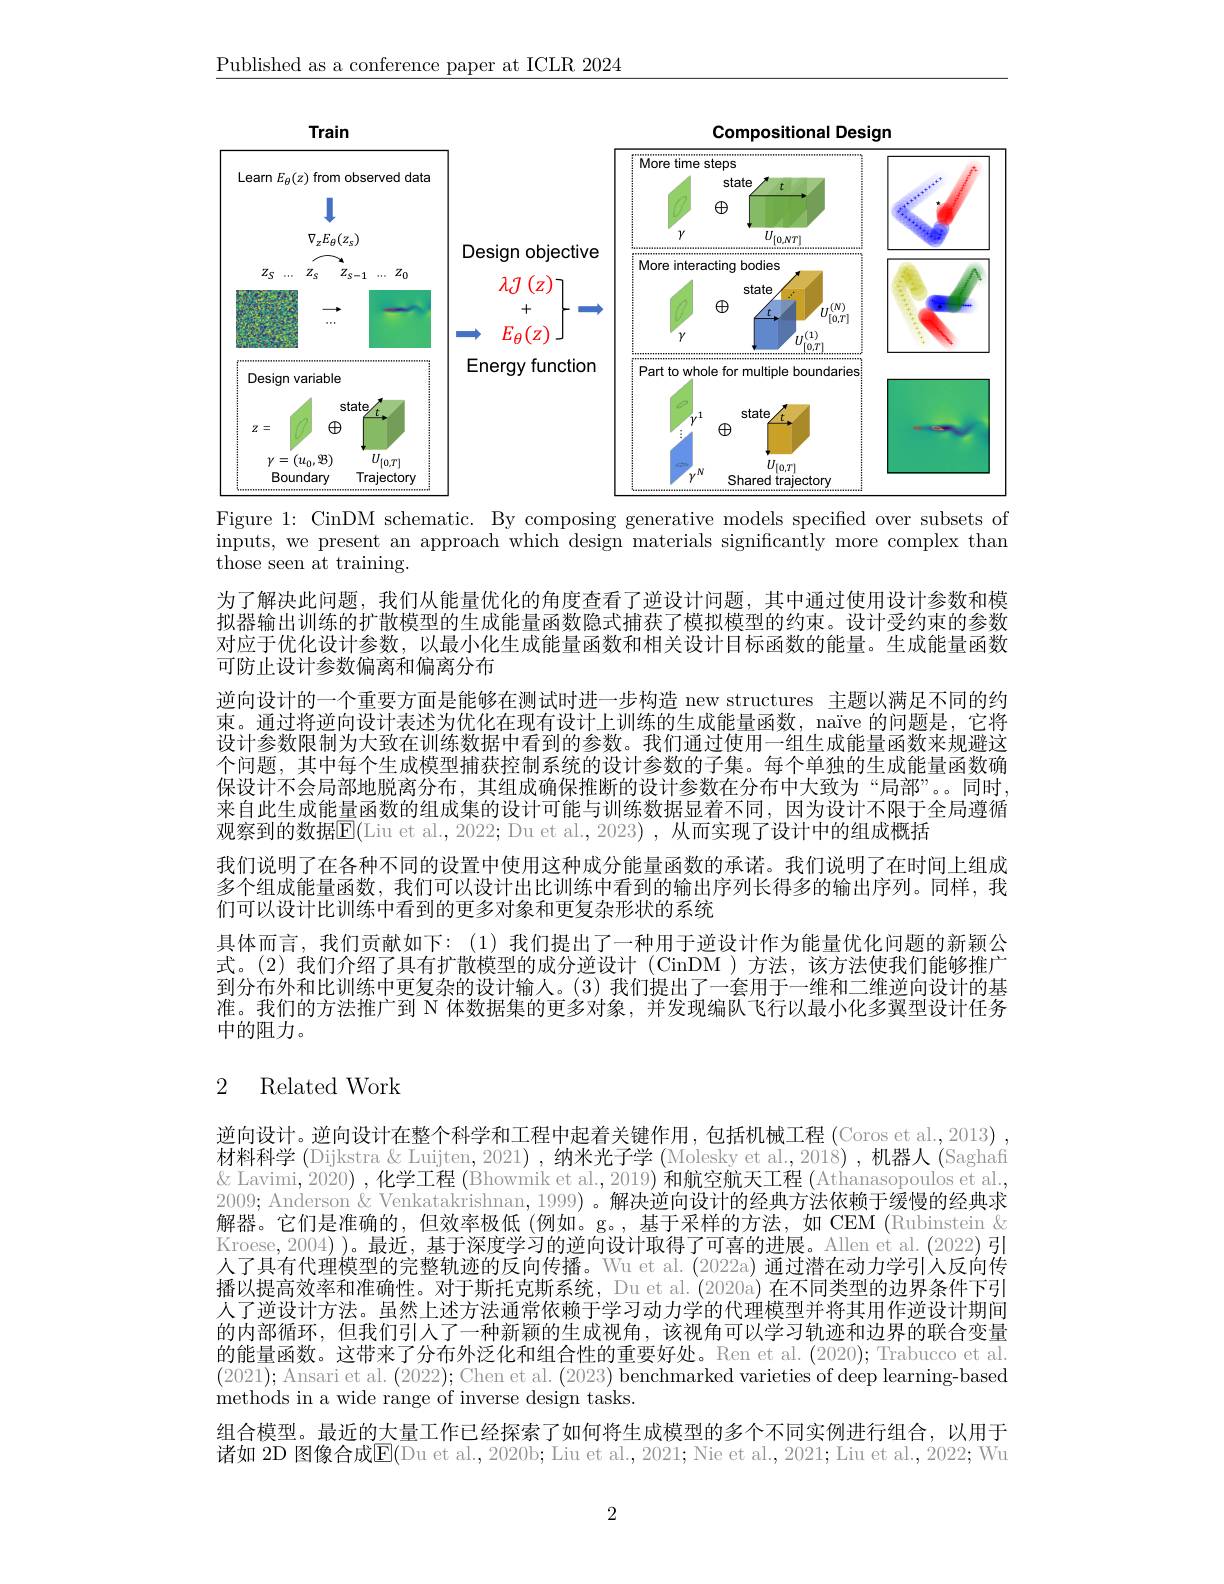
$\underline{\text{Published as a conference paper at ICLR 2024}}$

<FigureHere>

Figure 1: CinDM schematic. By composing generative models specified over subsets of

inputs, we present an approach which design materials significantly more complex than
${\overset{\text{those seen at training}}}.$

为了解决此问题，我们从能量优化的角度查看了逆设计问题，其中通过使用设计参数和模拟器输出训练的扩散模型的生成能量函数隐式捕获了模拟模型的约束。设计受约束的参数对应于优化设计参数，以最小化生成能量函数和相关设计目标函数的能量。生成能量函数可防止设计参数偏离和偏离分布
逆向设计的一个重要方面是能够在测试时进一步构造 new structures 主题以满足不同的约束。通过将逆向设计表述为优化在现有设计上训练的生成能量函数，naïve 的问题是，它将设计参数限制为大致在训练数据中看到的参数。我们通过使用一组生成能量函数来规避这个问题，其中每个生成模型捕获控制系统的设计参数的子集。每个单独的生成能量函数确保设计不会局部地脱离分布，其组成确保推断的设计参数在分布中大致为“局部”。。同时， 来自此生成能量函数的组成集的设计可能与训练数据显着不同，因为设计不限于全局遵循观察到的数据$\boxed{\mathrm{F}}($Liu et al., 2022; Du et al., 2023) , 从而实现了设计中的组成概括
我们说明了在各种不同的设置中使用这种成分能量函数的承诺。我们说明了在时间上组成多个组成能量函数，我们可以设计出比训练中看到的输出序列长得多的输出序列。同样，我们可以设计比训练中看到的更多对象和更复杂形状的系统
具体而言，我们贡献如下：(1)我们提出了一种用于逆设计作为能量优化问题的新颖公式。(2)我们介绍了具有扩散模型的成分逆设计 (CinDM )方法，该方法使我们能够推广到分布外和比训练中更复杂的设计输人。(3) 我们提出了一套用于一维和二维逆向设计的基准。我们的方法推广到 N 体数据集的更多对象，并发现编队飞行以最小化多翼型设计任务中的阻力。

# 2 Related Work

逆向设计。逆向设计在整个科学和工程中起着关键作用，包括机械工程 (Coros et al.,2013) , 材料科学 (Dijkstra & Luijten, 2021) , 纳米光子学 (Molesky et al., 2018) , 机器人 (Saghafi $\&$ Lavimi, 2020) , 化学工程 (Bhowmik et al., 2019) 和航空航天工程 (Athanasopoulos et al. 2009; Anderson & Venkatakrishnan, 1999) 。解决逆向设计的经典方法依赖于缓慢的经典求解器。它们是准确的，但效率极低(例如。g。,基于采样的方法，如 CEM (Rubinstein & Kroese, 2004) )。最近，基于深度学习的逆向设计取得了可喜的进展。Allen et al.(2022) 引人了具有代理模型的完整轨迹的反向传播。Wu et al. (2022a) 通过潜在动力学引入反向传播以提高效率和准确性。对于斯托克斯系统，Du et al. (2020a) 在不同类型的边界条件下引人了逆设计方法。虽然上述方法通常依赖于学习动力学的代理模型并将其用作逆设计期间的内部循环，但我们引人了一种新颖的生成视角，该视角可以学习轨迹和边界的联合变量的能量函数。这带来了分布外泛化和组合性的重要好处。Ren et al. (2020); Trabucco et al (2021); Ansari et al. (2022); Chen et al. (2023) benchmarked varieties of deep learning-based methods in a wide range of inverse design tasks.
组合模型。最近的大量工作已经探索了如何将生成模型的多个不同实例进行组合，以用于诸如 2D 图像合成$\overline{\mathrm{E}}($Du et al., 2020b; Liu et al., 2021; Nie et al., 2021; Liu et al., 2022; Wu

2